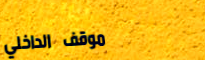
موقف الداخلي